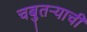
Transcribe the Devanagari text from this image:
चबुतऱ्याची